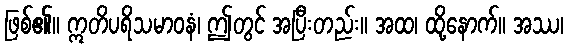
ဖြစ်၏။ ဣတိပရိသမာဝနံ၊ ဤတွင် အပြီးတည်း။ အထ၊ ထို့နောက်။ အဿ၊